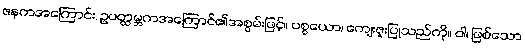
ဇနကအကြောင်း, ဥပတ္ထမ္ဘကအကြောင်၏အစွမ်းဖြင့်။ ပစ္စယော၊ ကျေးဇူးပြုသည်ကို။ ဝါ၊ ဖြစ်သော